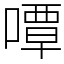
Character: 嘾